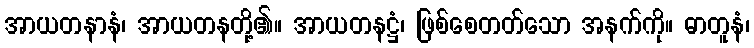
အာယတနာနံ၊ အာယတနတို့၏။ အာယတနဋ္ဌံ၊ ဖြစ်စေတတ်သော အနက်ကို။ ဓာတူနံ၊